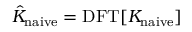
\hat { K } _ { \mathrm { n a i v e } } = \mathrm { D F T } [ K _ { \mathrm { n a i v e } } ]